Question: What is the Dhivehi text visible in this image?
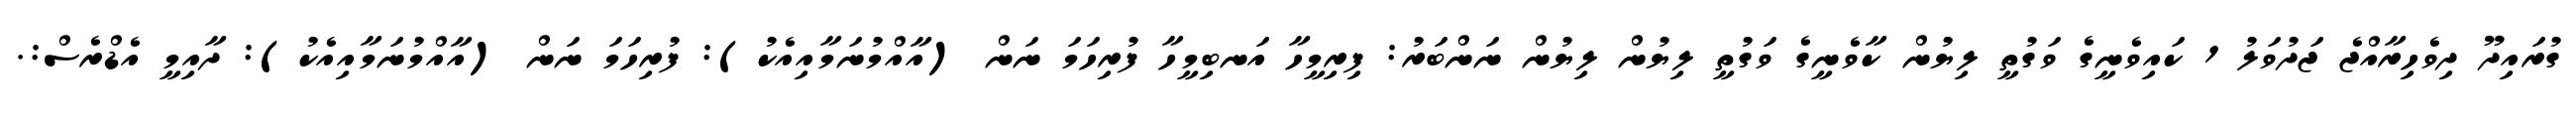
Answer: ގުރައިދޫ ދިވެހިރާއްޖެ ޖަދުވަލު 1 ކައިވެނީގެ ވަގުތީ ލިޔުން ކާވެނީގެ ވަގުތީ ލިޔުން ލިޔުން ނަންބަރު: ފިރިމީހާ އަނބިމީހާ ފުރިހަމަ ނަން (އާއްމުނަމާއިއެކު): ފުރިހަމަ ނަން (އާއްމުނަމާއިއެކު): ދާއިމީ އެޑްރެސް:.